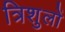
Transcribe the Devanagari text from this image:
त्रिशुलों